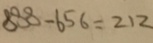
8 8 8 - 6 5 6 = 2 1 2